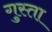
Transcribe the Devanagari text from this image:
गुस्ता